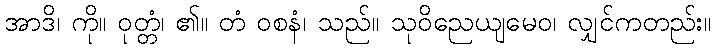
အာဒိ၊ ကို။ ဝုတ္တံ၊ ၏။ တံ ဝစနံ၊ သည်။ သုဝိညေယျမေဝ၊ လျှင်ကတည်း။